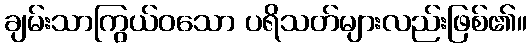
ချမ်းသာကြွယ်ဝသော ပရိသတ်များလည်းဖြစ်၏။